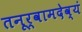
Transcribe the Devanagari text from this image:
तनूर्वामदेव्यं